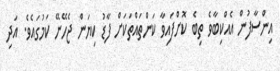
އިންސާފުން އެއްކިބާވެ ތިބެ ކޮށްފައިވާ ކަންތައްތަކަށް ފާޑު ކިޔަން ޖެހޭނޭ ކަމުގައެވެ. އަދި